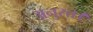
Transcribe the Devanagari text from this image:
अनुरत्त।